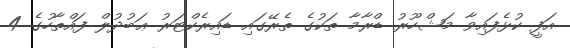
އަފީ ކުޅެފައިވާ މަޝްހޫރު ޑްރާމާ ތަކުގެ ތެރޭގައި ޑައިރެކްޓަރު ޢަބުދުލް ފައްތާހުގެ 4